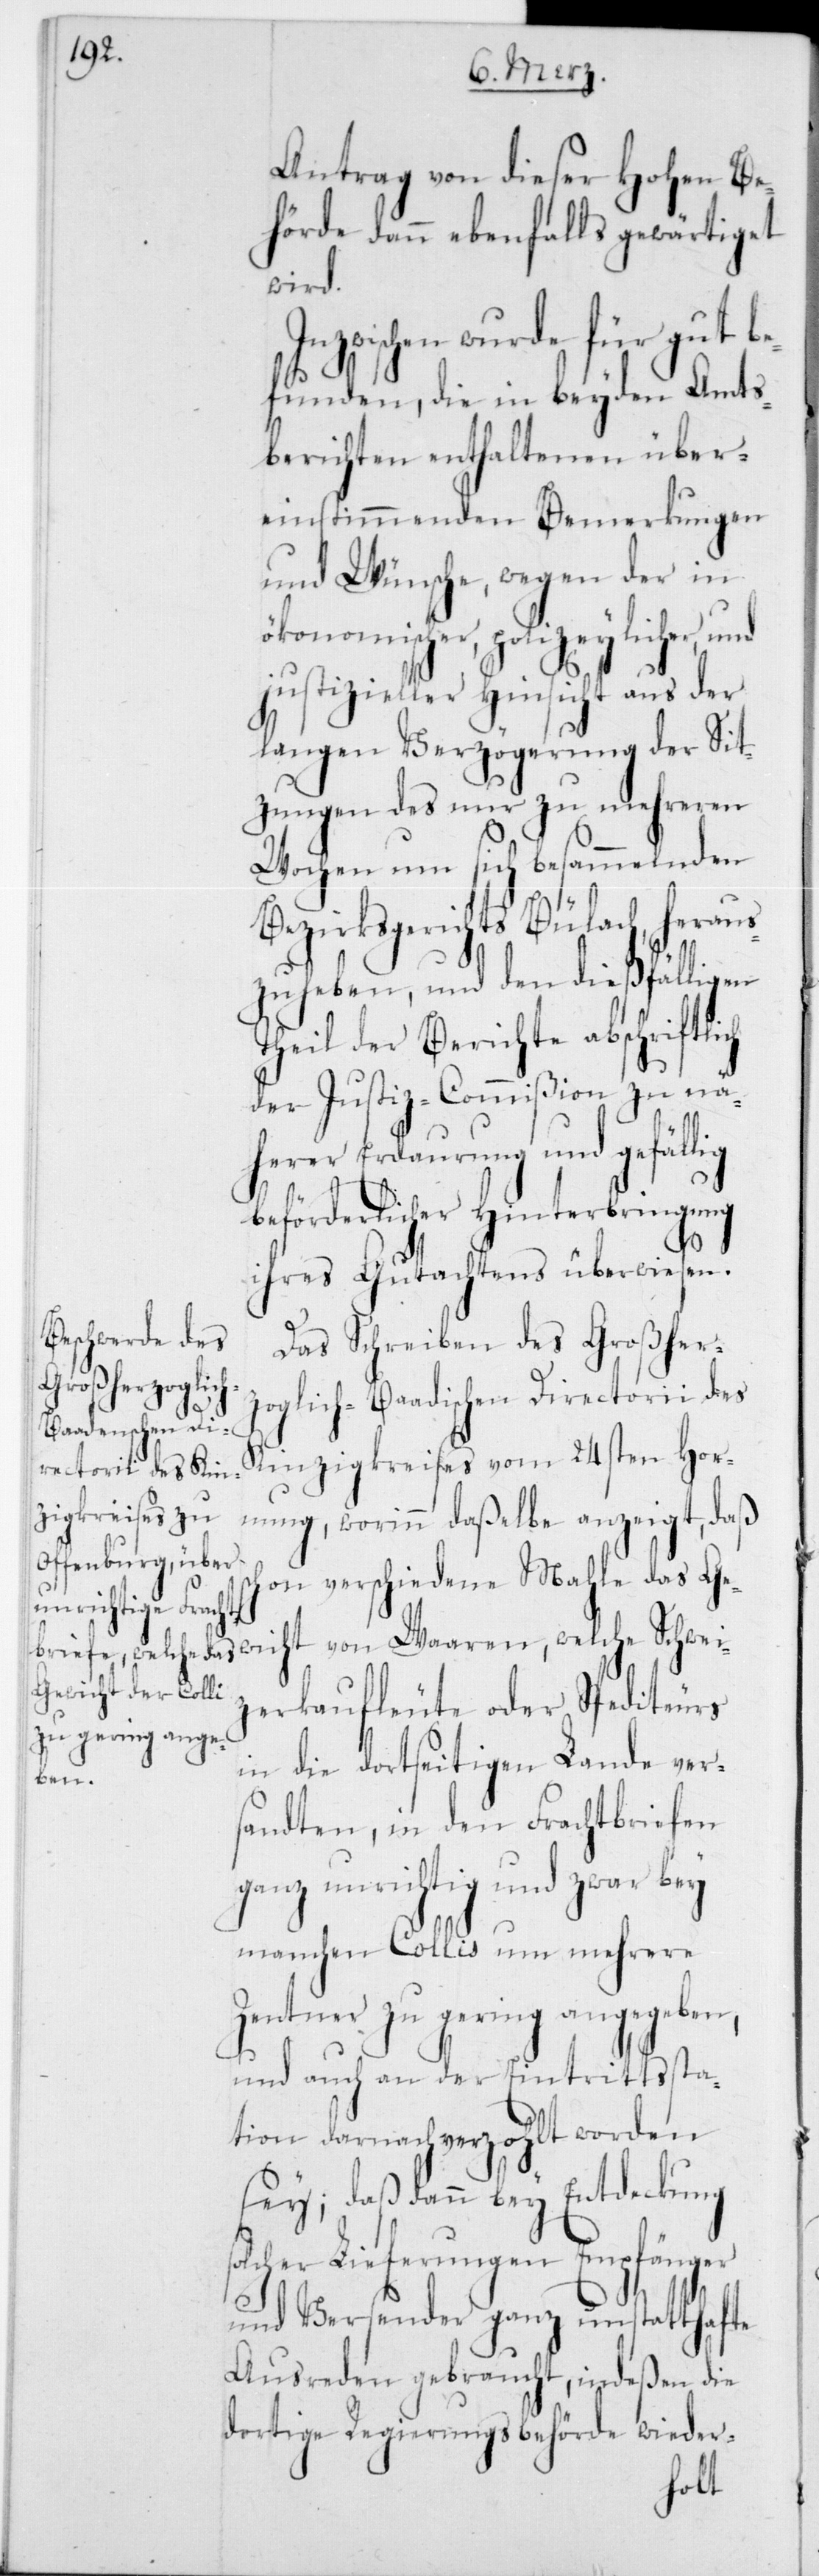
Antrag von dieser Hohen Be¬
hörde dann ebenfalls gewärtiget
wird.
zwischen wurde für gut be¬
funden, die in beyden Amts¬
berichten enthaltenen über¬
einstimmenden Bemerkungen
und Wünsche, wegen der in
ökonomischer, polizeylicher, und
justizieller Hinsicht aus der
langen Verzögerung der Sit¬
zungen des nur zu mehreren
Wochen um sich besammelnden
Bezirksgerichts Bülach, heraus¬
zuheben, und den dießfälligen
Theil der Berichte abschriftlich
der Justiz-Commißion zu nä¬
herer Erdaurung und gefällig
beförderlicher Hinterbringung
ihres Gutachtens überwiesen.
Das Schreiben des Großher¬
zoglich-Baadischen Directorii des
Kinzigkreises vom 24sten Hor¬
nung, worin daßelbe anzeigt, daß
schon verschiedene Mahle das Ge¬
zerkaufleute oder Spediteurs
in die dortseitigen Lande ver¬
wei¬
sandten, in den Frachtbriefen
ganz unrichtig und zwar bey
manchen Collis um mehrere
Zentner zu gering angegeben,
und auch an der Eintrittssta¬
tion darnach verzohlt worden
sey; daß dann bey Entdeckung
solcher Lieferungen Empfänger
und Versender ganz unstatthafte
Ausreden gebraucht, indeßen die
dortige Regierungsbehörde wieder-